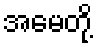
အမေတို့